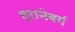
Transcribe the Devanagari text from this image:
ट्रानेबर्ग